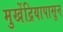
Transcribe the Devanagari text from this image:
मुखेंद्रियापासून